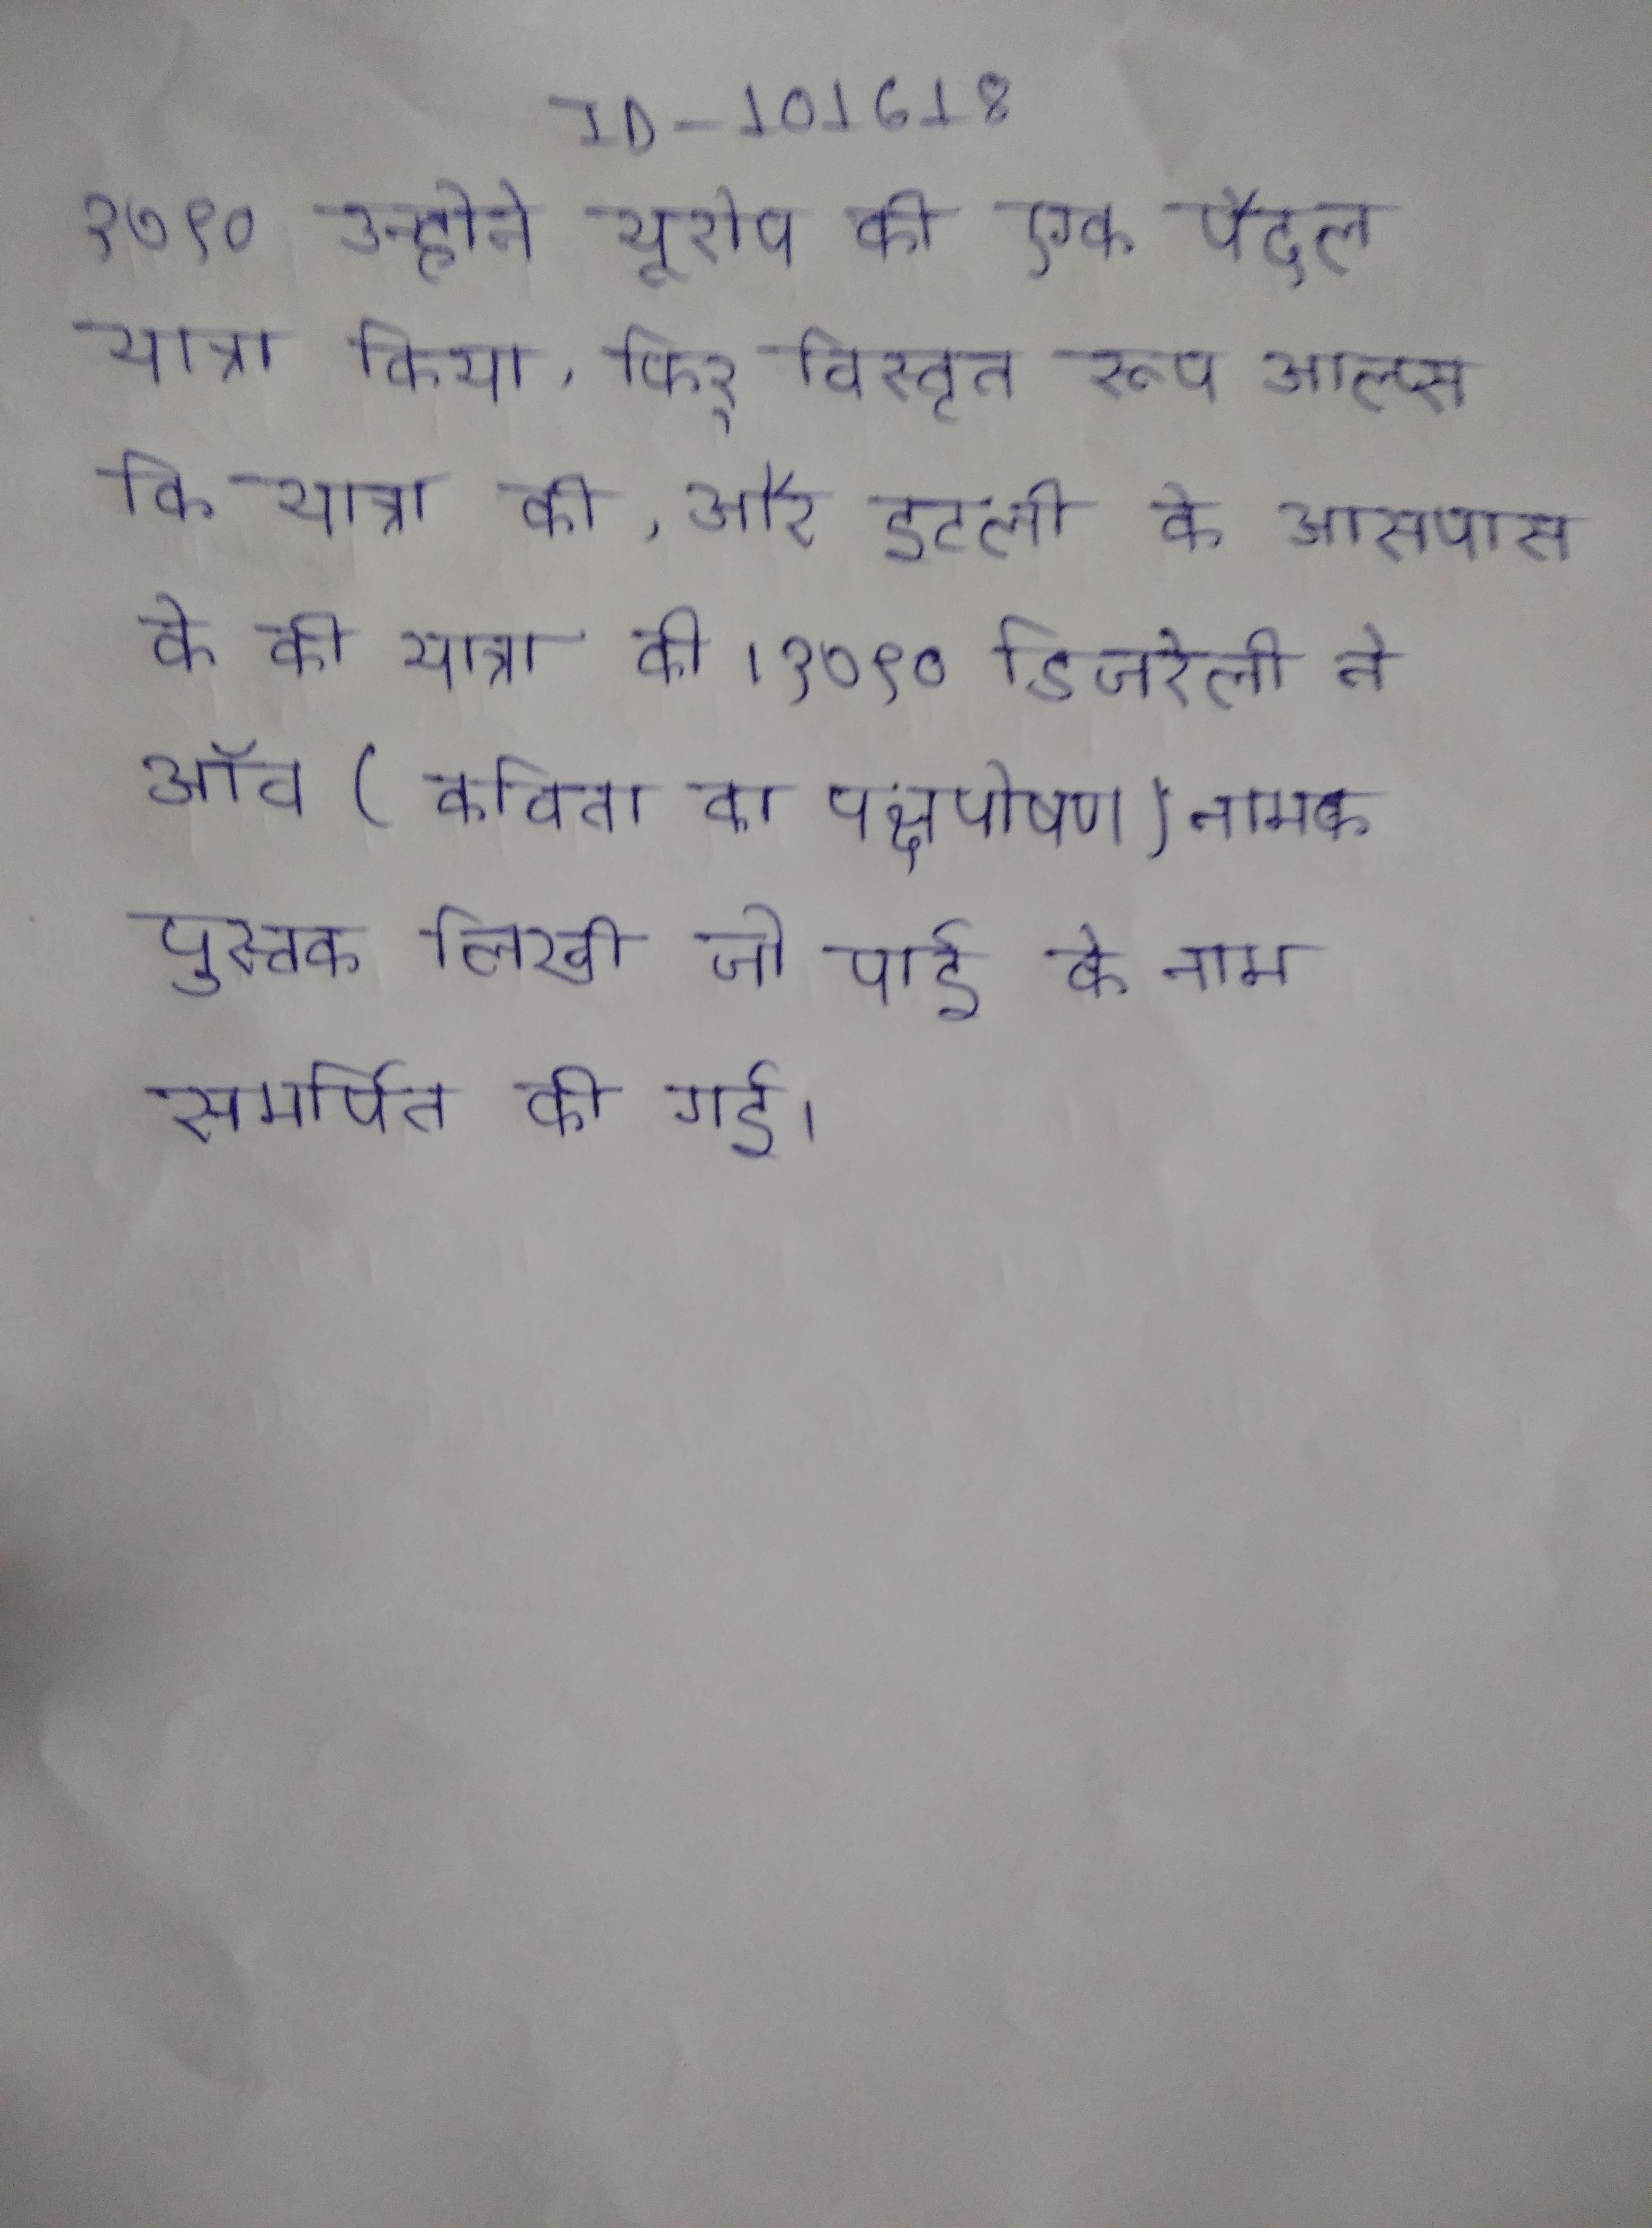
१७९० उन्होने यूरोप की एक पैदल यात्रा किया, फिर् विस्तृत रूप आल्प्स कि यात्रा की, और इटली के आसपास के की यात्रा की । १७९० डिजरेली ने ऑव (कविता का पक्षपोषण) नामक पुस्तक लिखी जो पाई के नाम समर्पित की गई ।